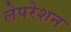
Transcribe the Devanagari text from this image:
लेपरेशन